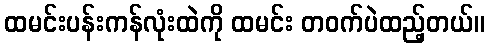
ထမင်းပန်းကန်လုံးထဲကို ထမင်း တဝက်ပဲထည့်တယ်။